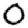
Digit: 0